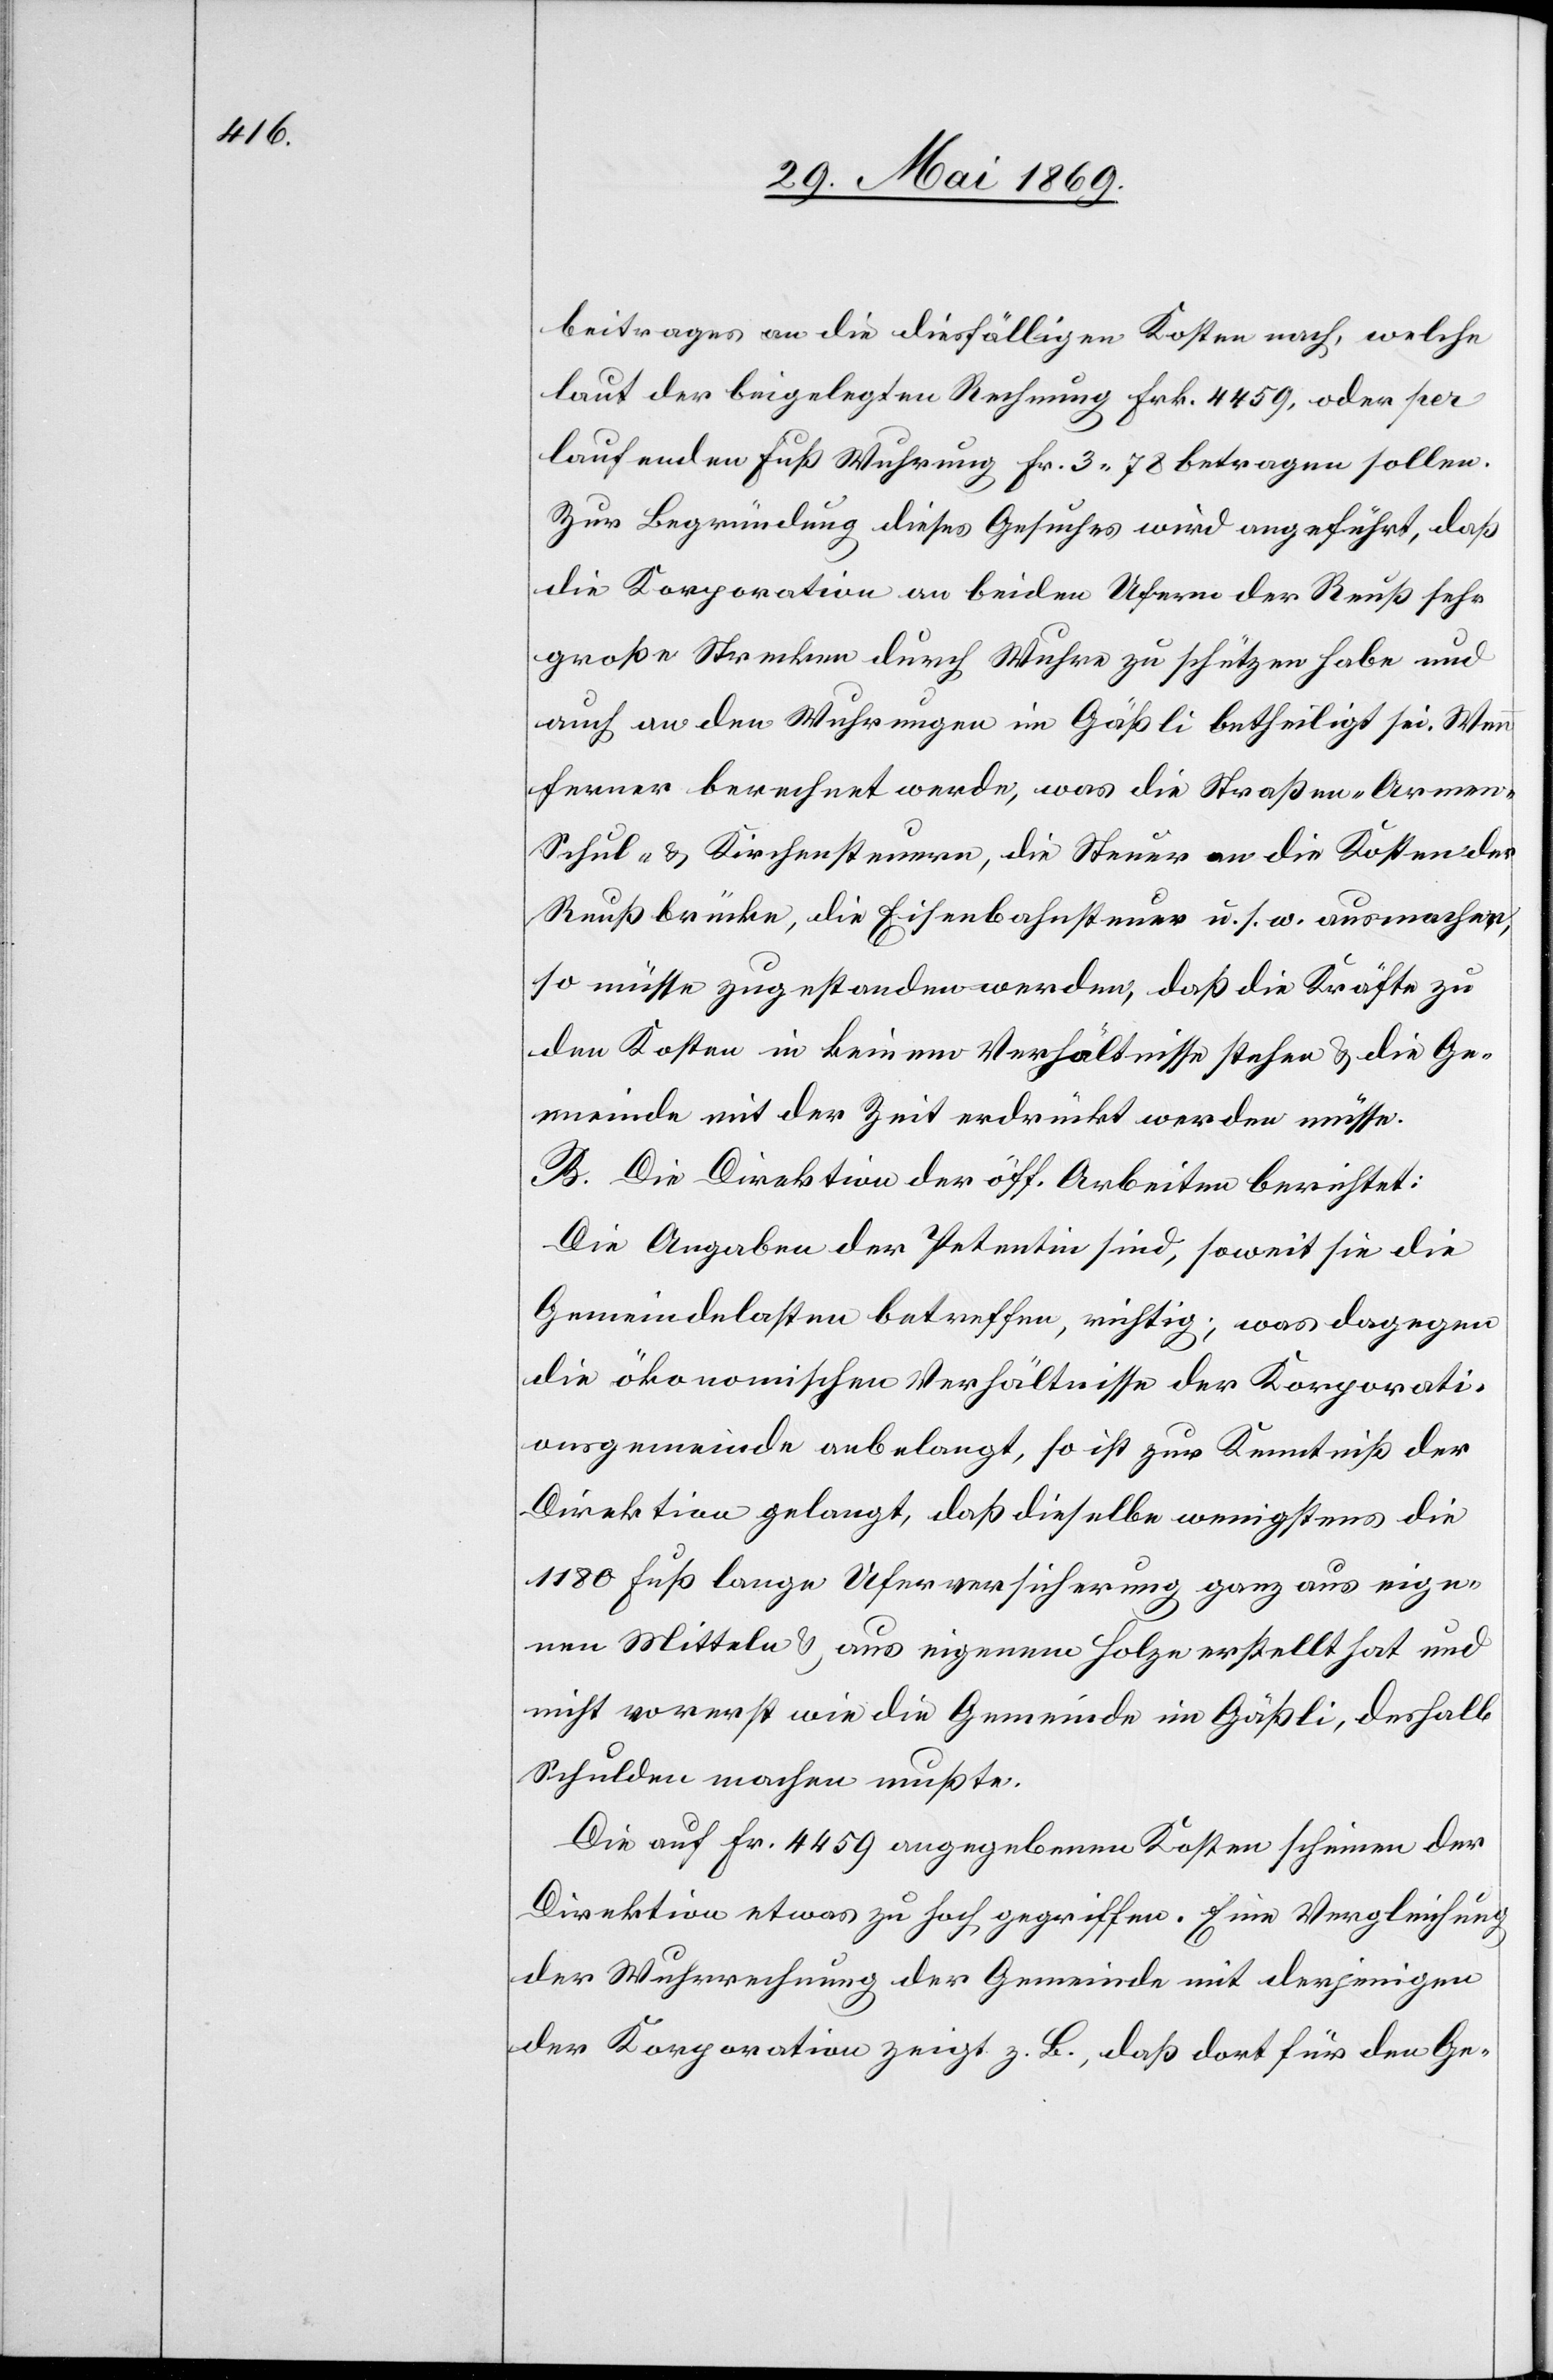
beitrages an die diesfälligen Kosten nach, welche
laut der beigelegten Rechnung Frk. 4459. oder per
laufendem Fuß Wuhrung Fr. 3.78 betragen sollen.
Zur Begründung dieses Gesuches wird angeführt, daß
die Korporation an beiden Ufern der Reuß sehr
große Strecken durch Wuhre zu schützen habe und
auch an den Wuhrungen im Gäßli betheiligt sei. Wenn
ferner berechnet werde, was die Straßen- Armen-
Schul- u. Kirchensteuern, die Steuer an die Kosten der
Reußbrücke, die Eisenbahnsteuer u. s. w. ausmachen,
so müsse zugestanden werden, daß die Kräfte zu
den Kosten in keinem Verhältnisse stehen u. die Ge¬
meinde mit der Zeit erdrückt werden müsse.
B. Die Direktion der öff. Arbeiten berichtet:
Die Angaben der Petentin sind, soweit sie die
Gemeindelasten betreffen, richtig; was dagegen
die ökonomischen Verhältnisse der Korporati¬
onsgemeinde anbelangt, so ist zur Kenntniß der
Direktion gelangt, daß dieselbe wenigstens die
1180 Fuß lange Uferversicherung ganz aus eige¬
nen Mitteln u. aus eigenem Holze erstellt hat und
nicht vorerst wie die Gemeinde im Gäßli, deshalb
Schulden machen mußte.
Die auf Frk. 4459 angegebenen Kosten scheinen der
Direktion etwas zu hoch gegriffen. Eine Vergleichung
der Wuhrrechnung der Gemeinde mit derjenigen
der Korporation zeigt z. B., daß dort für den Ge-